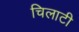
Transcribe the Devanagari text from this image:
चिलाटी